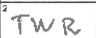
Transcription: TWR